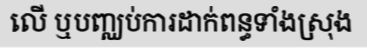
លើ ឬបញ្ឈប់ការដាក់ពន្ធទាំងស្រុង